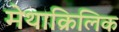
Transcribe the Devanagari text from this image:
मेथाक्रिलिक